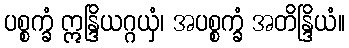
ပစ္စက္ခံ ဣန္ဒြိယဂ္ဂယှံ၊ အပစ္စက္ခံ အတိန္ဒြိယံ။